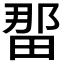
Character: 𪽖